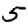
Digit: 5